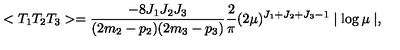
< T _ { 1 } T _ { 2 } T _ { 3 } > = \frac { - 8 J _ { 1 } J _ { 2 } J _ { 3 } } { ( 2 m _ { 2 } - p _ { 2 } ) ( 2 m _ { 3 } - p _ { 3 } ) } \frac { 2 } { \pi } ( 2 \mu ) ^ { J _ { 1 } + J _ { 2 } + J _ { 3 } - 1 } \mid \log \mu \mid ,